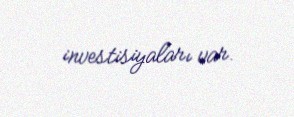
investisiyaları var.